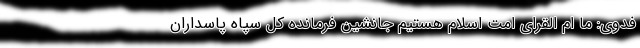
فدوی: ما ام القرای امت اسلام هستیم جانشین فرمانده کل سپاه پاسداران